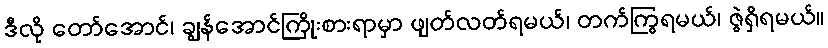
ဒီလို တော်အောင်၊ ချွန်အောင်ကြိုးစားရာမှာ ဖျတ်လတ်ရမယ်၊ တက်ကြွရမယ်၊ ဇွဲရှိရမယ်။